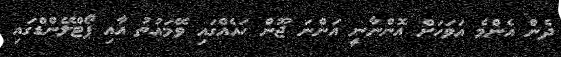
ދެން އެންމެ އަވަހަށް އޮންނާނީ އަންނަ ޖޫން ހައެއްގައި ވޭމައުތު އާއި ޕޯޓްލޭންޑްގައި